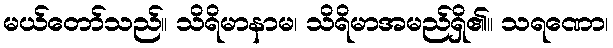
မယ်တော်သည်။ သိရိမာနာမ၊ သိရိမာအမည်ရှိ၏။ သရဏော၊